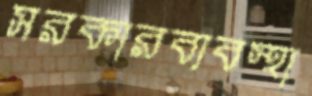
সরকারব্যবস্থা